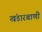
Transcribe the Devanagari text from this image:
खंडारबाणी